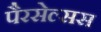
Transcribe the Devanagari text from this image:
पैरसेल्सस